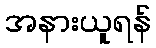
အနားယူရန်